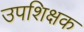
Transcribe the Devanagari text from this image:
उपशिक्षक